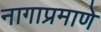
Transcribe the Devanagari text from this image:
नागाप्रमाणे